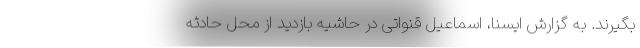
بگیرند. به گزارش ایسنا، اسماعیل قنواتی در حاشیه بازدید از محل حادثه